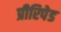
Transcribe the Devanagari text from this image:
प्रीरिपेड